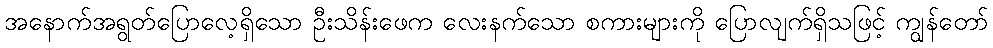
အနောက်အရွတ်ပြောလေ့ရှိသော ဦးသိန်းဖေက လေးနက်သော စကားများကို ပြောလျက်ရှိသဖြင့် ကျွန်တော်